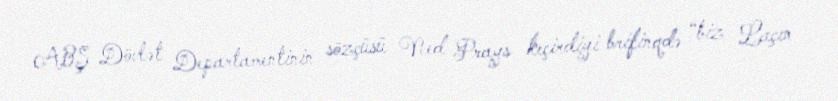
ABŞ Dövlət Departamentinin sözçüsü Ned Prays keçirdiyi brifinqdə “biz Laçın